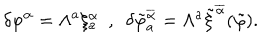
LaTeX: \delta \varphi ^ { \alpha } = \Lambda ^ { a } \xi _ { a } ^ { \alpha } \ \ , \ \ \delta \tilde { \varphi } _ { a } ^ { \overline { { { \alpha } } } } = \Lambda ^ { a } \tilde { \xi } ^ { \overline { { { \alpha } } } } ( \tilde { \varphi } ) .